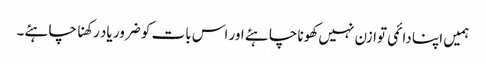
ہمیں اپنا دائمی توازن نہیں کھونا چاہئے اور اس بات کو ضرور یاد رکھنا چاہئے۔